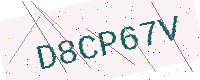
Text: D8CP67V